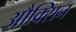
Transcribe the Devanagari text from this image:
औक्सिन